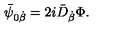
\bar { \psi } _ { 0 \dot { \beta } } = { 2 i } \bar { D } _ { \dot { \beta } } \Phi .